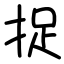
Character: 捉